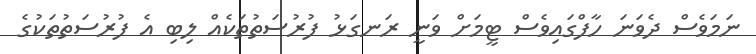
ނަމަވެސް ދެވަނަ ހާފްގައިވެސް ޓީމަށް ވަނީ ރަނގަޅު ފުރުސަތުތަކެއް ލިބި އެ ފުރުސަތުތަކުގެ